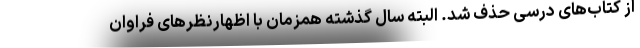
از کتاب‌های درسی حذف شد. البته سال گذشته همزمان با اظهارنظرهای فراوان